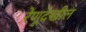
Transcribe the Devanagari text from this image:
रेणूदेखील